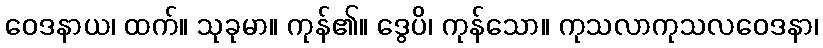
ဝေဒနာယ၊ ထက်။ သုခုမာ။ ကုန်၏။ ဒွေပိ၊ ကုန်သော။ ကုသလာကုသလဝေဒနာ၊